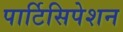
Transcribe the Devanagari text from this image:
पार्टिसिपेशन